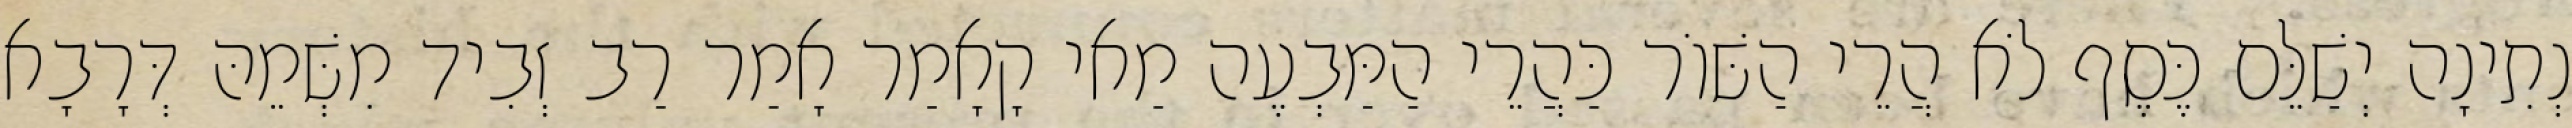
נְתִינָה יְשַׁלֵּם כֶּסֶף לֹא הֲרֵי הַשּׁוֹר כַּהֲרֵי הַמַּבְעֶה מַאי קָאָמַר אָמַר רַב זְבִיד מִשְּׁמֵהּ דְּרָבָא